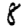
Digit: 8